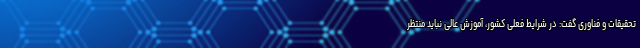
تحقیقات و فناوری گفت: در شرایط فعلی کشور، آموزش عالی نباید منتظر